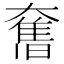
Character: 𭑣